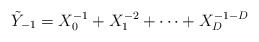
\begin{align*}\tilde Y_{-1}= X_0^{-1} + X_1^{-2} + \cdots +X_D^{-1-D}\end{align*}